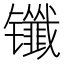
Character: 𰿈